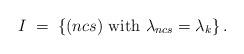
LaTeX: \begin{align*}I \;=\; \left\{ (ncs) {\mbox{ with }} \lambda_{ncs} = \lambda_k \right\} .\end{align*}